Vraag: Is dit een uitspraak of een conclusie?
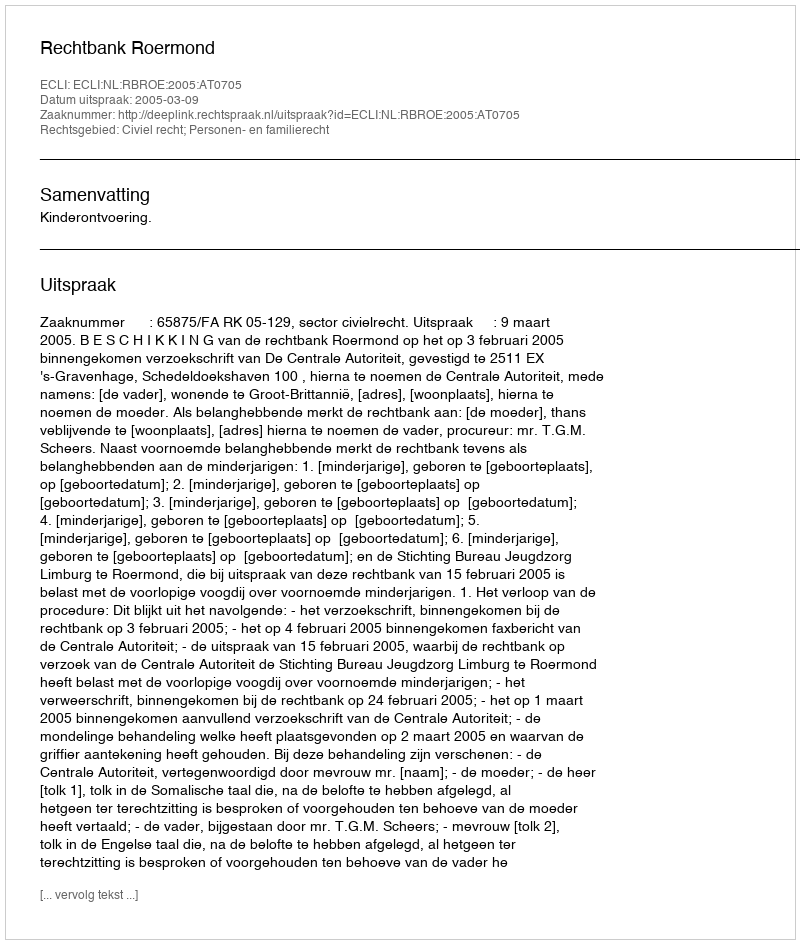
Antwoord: Uitspraak